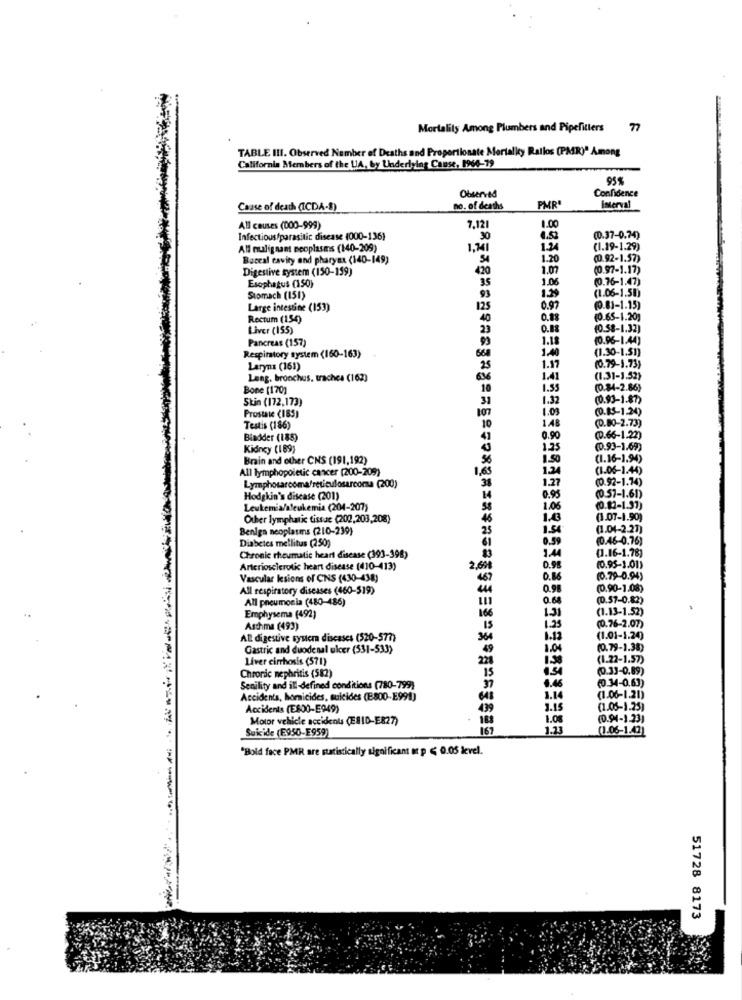
Mortality Among Plumbers and Pipefitters 77
TABLE III. Observed Number of Deaths and Properilonate Mortality Ratlos (PMR)" Among
California Members of the LA, by Underlying Cause, 1960-79
95%
Confidence
Observed
Cause of death (ICDA-1)
no. of deaths
PMR'
Interval
All causes (000-999)
7,12
1.00
Infectious/parasitic disease (000-136)
30
4.52
(0.37-0.74)
All mulignant neoplasms (140-209)
1,241
1.24
(1.19-1.29)
Buccal cavity and pharynx (140-149)
54
1.20
(0.92-1.57)
Digestive system (150-159)
420
1.07
(0.97-1.17)
Esophagus (150)
1.06
(0.76-1.47)
1.39
(1.06-1.50)
Stomach (151)
93
Large intestine (153)
125
0.97
(0.81-1.15)
Rectum (154)
40
0.88
(0.65-1.20)
Liver (155)
23
0.88
(0.58-1.32)
Pancreas (157)
1.18
(0.96-1.44)
1.40
(1.30-1.51)
Respiratory system (160-163)
668
Larynx (161)
25
1.17
(0.79-1.73)
Lang. broochus, trachea (162)
1.41
(1.31-3.52)
Bone [170)
10
1.55
(0.84-2.86)
Stin (172,173)
31
1.32
(0.93-1.87)
Prostate (185)
107
1.03
(0.85-1.24)
10
1.48
Testis (186)
(0.80-2.73)
Bladder (185)
0.90
(D.66-1.22)
Kidney (169)
1.25
(0.93-1.69)
Brain and other CNS (191,192)
56
1.50
(1.16-1.94)
All lymphopoietic cancer [200-209)
1,65
1.24
(1.06-1.44)
1.27
(0.92-1.74)
Lymphosarcoma/reticulosarcoma (200)
38
(0.57-1.61)
Hodgkin's disease (201)
0.95
Leukemia/aleukemia (204-207)
1.06
(0.82-1.31)
Other lymphatic tissae (202,203,208)
45
(1.07-1.90)
Beniga neoplasms (210-239)
25
1.50
(1.04-2.27)
Diabetes mellitus (250)
0.59
(0.46-0.76)
(1.16-1.78)
Chronic rheumatic heart disease (393-398)
1.44
(0.95-1.01)
Arteriosclerotic heart disease (410-413)
2,698
0.98
Vascular lesions of CNS (430-438)
4.67
0.86
(0.79-0.94)
All respiratory diseases (460-519)
0.98
(0.90-1.08)
All pneumonia (480-486)
0.60
(0.57-0.82)
1.31
(1.13-1.52)
Emphysema (492)
166
Asthma (493)
15
1.35
(0.76-2.07)
AL digestive system diseases (520-577)
364
(1.01-1.20)
Gastric and duodenal ulcer (531-533)
49
1.04
(0.79-1.38)
Liver cirrhosis (571)
228
(1.22-1.57)
(0.33-0.89)
Chroric nephritis (582)
15
6.46
(0.34-0.63)
Senility and ill-defined conditions (780-799)
Accidents, homicides, suicides (E800-E991)
(1.06-1.21)
Accidents (E800-E949)
439
1.15
(1.05-1.25]
Motor vehicle accidents (ESID-E827)
1.08
(0.94-1.23)
Suicide (E950-E959)
167
1.33
(1-06-1.42)
"Bold face PMR are statistically significant ot p < 0.05 level.
-
51728 8173